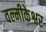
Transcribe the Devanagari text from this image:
वल्मीकेश्वर